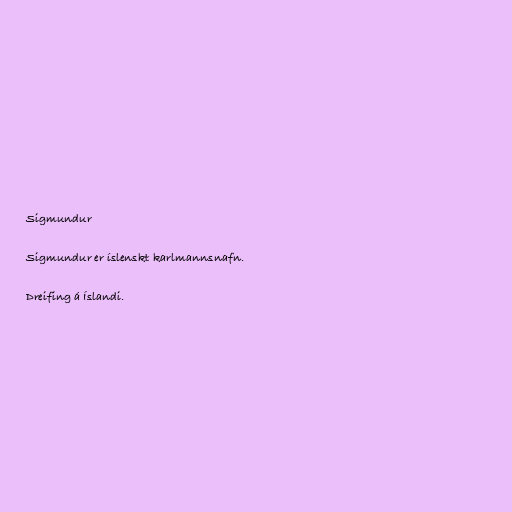
Sigmundur

Sigmundur er íslenskt karlmannsnafn.

Dreifing á Íslandi.